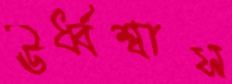
ঊর্ধ্বশ্বাস